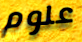
علوم